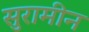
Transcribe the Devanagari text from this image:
सुरामीन